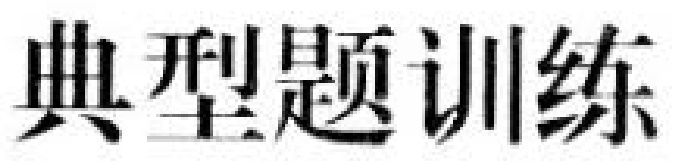
典型题训练